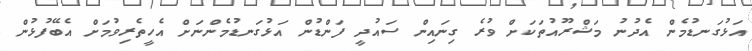
އަޅުގަނޑުމެން އެދުނު މަޝްރޫއުތަކަށް ވުރެ ގިނައިން ސައުދީ ފަންޑުން އަޅުގަނޑުމެންނަށް އެހީތެރިވުމަށް އެބޭފުޅުން